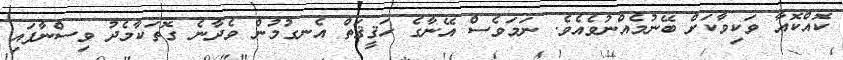
ކޮއްކޮއާ ވަކިވާކަށް ބޭނުމެއްނުވެއެވެ. ނަމަވެސް އޭނާގެ ހަޤީޤަތް އެނގުމުން ވެދާނެ ގޮތަކާމެދު ވިސްނާފައި